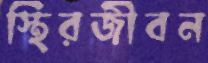
স্থিরজীবন